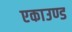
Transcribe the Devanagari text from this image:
एकाउण्ड